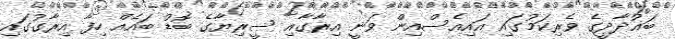
ބަޣުދާދީގެ ވެރިކަމުގައި އައިއެސްއިން ވަނީ އިރާގާއި ސީރިޔާގެ ބޮޑު ބައެއް ހިފާ އިރާގުގައި